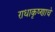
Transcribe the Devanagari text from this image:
राधाकृष्णाचे